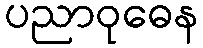
ပညာဝုဓေန